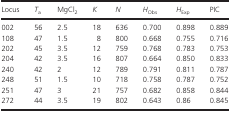
| Locus | Ta | MgCl2 | K | N | HObs | HExp | PIC |
 | --- | --- | --- | --- | --- | --- | --- | --- |
 | 002 | 56 | 2.5 | 18 | 636 | 0.700 | 0.898 | 0.889 |
 | 108 | 47 | 1.5 | 8 | 800 | 0.668 | 0.755 | 0.716 |
 | 202 | 45 | 3.5 | 12 | 759 | 0.768 | 0.783 | 0.753 |
 | 204 | 42 | 3.5 | 16 | 807 | 0.664 | 0.850 | 0.833 |
 | 240 | 42 | 2 | 12 | 789 | 0.791 | 0.811 | 0.787 |
 | 248 | 51 | 1.5 | 10 | 718 | 0.758 | 0.787 | 0.752 |
 | 251 | 47 | 3 | 21 | 757 | 0.682 | 0.858 | 0.844 |
 | 272 | 44 | 3.5 | 19 | 802 | 0.643 | 0.86 | 0.845 |